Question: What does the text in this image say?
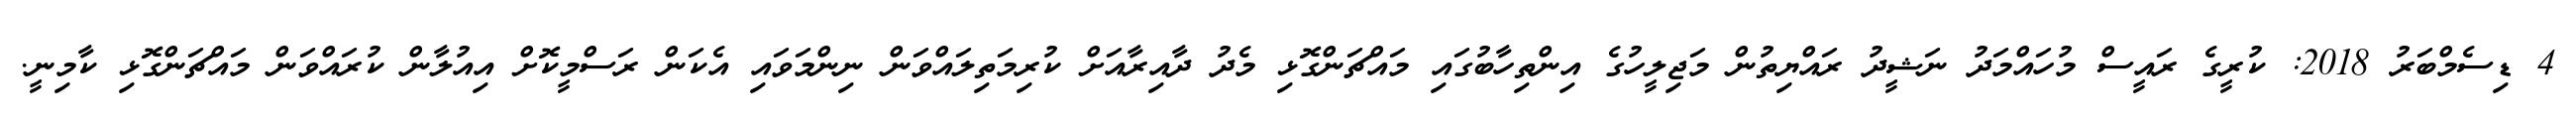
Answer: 4 ޑިސެމްބަރު 2018: ކުރީގެ ރައީސް މުހައްމަދު ނަޝީދު ރައްޔިތުން މަޖިލީހުގެ އިންތިހާބުގައި މައްޗަންގޮޅި މެދު ދާއިރާއަށް ކުރިމަތިލައްވަން ނިންމަވައި އެކަން ރަސްމީކޮށް އިއުލާން ކުރައްވަން މައްޗަންގޮޅި ކާމިނީ.